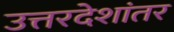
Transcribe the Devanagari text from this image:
उत्तरदेशांतर